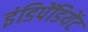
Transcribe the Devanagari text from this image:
इंडिपेंडियेंट